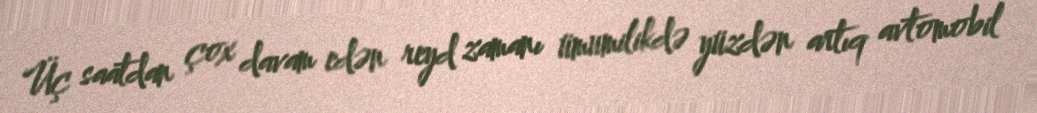
Üç saatdan çox davam edən reyd zamanı ümumilikdə yüzdən artıq avtomobil